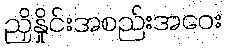
ညှိနှိုင်းအစည်းအဝေး